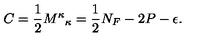
C = \frac { 1 } { 2 } { M ^ { \kappa } } _ { \kappa } = \frac { 1 } { 2 } N _ { F } - 2 P - \epsilon .